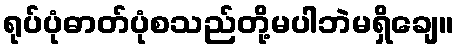
ရုပ်ပုံဓာတ်ပုံစသည်တို့မပါဘဲမရှိချေ။